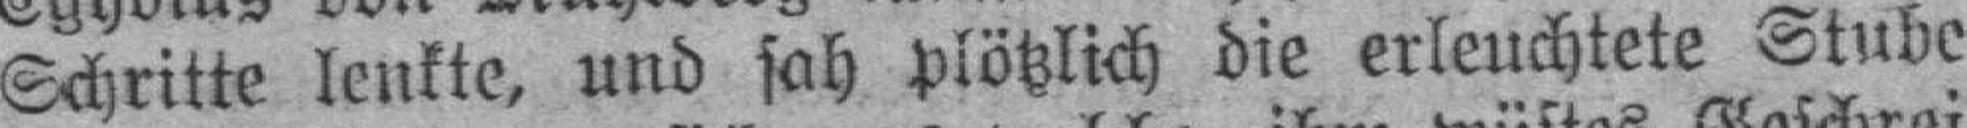
Schritte lenkte, und sah plötzlich die erleuchtete Stube